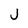
Character: j